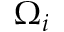
\Omega _ { i }